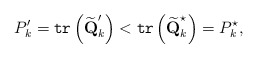
\begin{align*}P_k'=\texttt{tr}\left(\widetilde{\textbf{Q}}_k'\right)<\texttt{tr}\left(\widetilde{\textbf{Q}}_k^{{\star}}\right)=P_k^{{\star}},\end{align*}